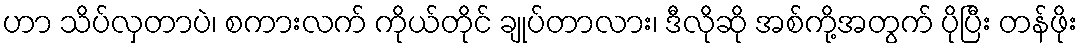
ဟာ သိပ်လှတာပဲ၊ စကားလက် ကိုယ်တိုင် ချုပ်တာလား၊ ဒီလိုဆို အစ်ကို့အတွက် ပိုပြီး တန်ဖိုး